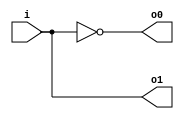
/* 12(decoder)
   copyright 2012 (pika1021@gmail.com)
   */
`ifndef DECODER1TO2_V_INCLUDED
	`define DECODER1TO2_V_INCLUDED
	`timescale 1ns / 100ps

	module decoder1to2(o1, o0, i);
		output o1, o0;
		input i;
		wire ibar;
		
		not
			inv(ibar, i);
		assign o1 = i;
		assign o0 = ibar;
	endmodule
`endif